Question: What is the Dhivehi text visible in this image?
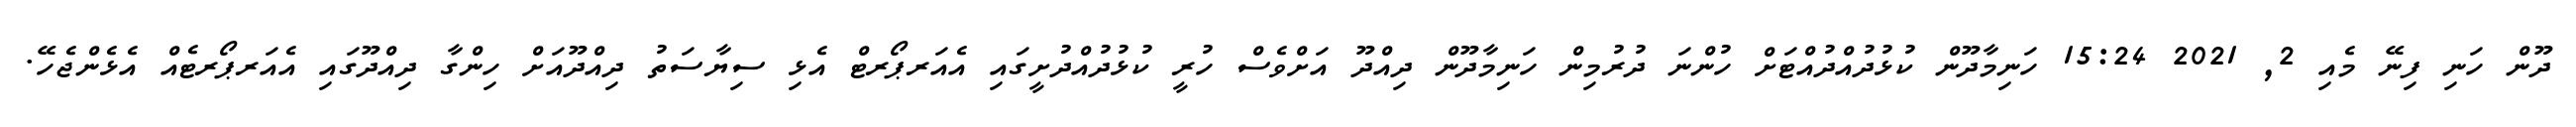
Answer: ދޫން ހަނި ފިނޭ މެއި 2, 2021 15:24 ހަނިމާދޫން ކުޅުދުއްދުއްޓަށް ހުންނަ ދުރުމިން ހަނިމާދޫން ދިއްދޫ އަށްވެސް ހުރީ ކުޅުދުއްދުށީގައި އެއަރޕޯރޓް އެޅި ސިޔާސަތު ދިއްދޫއަށް ހިންގާ ދިއްދޫގައި އެއަރޕޯރޓެއް އެޅެންޖެހޭ.